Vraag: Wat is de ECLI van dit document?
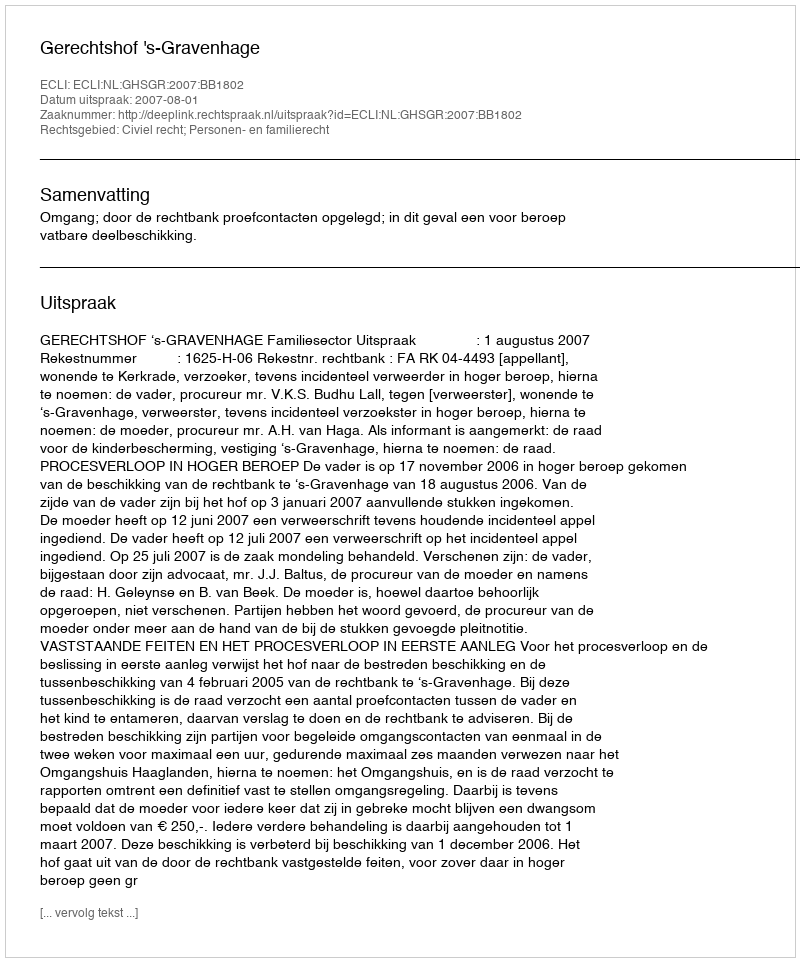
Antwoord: ECLI:NL:GHSGR:2007:BB1802